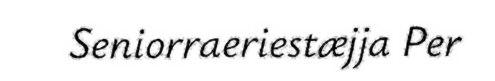
Seniorraeriestæjja Per